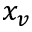
x _ { v }